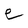
Character: e